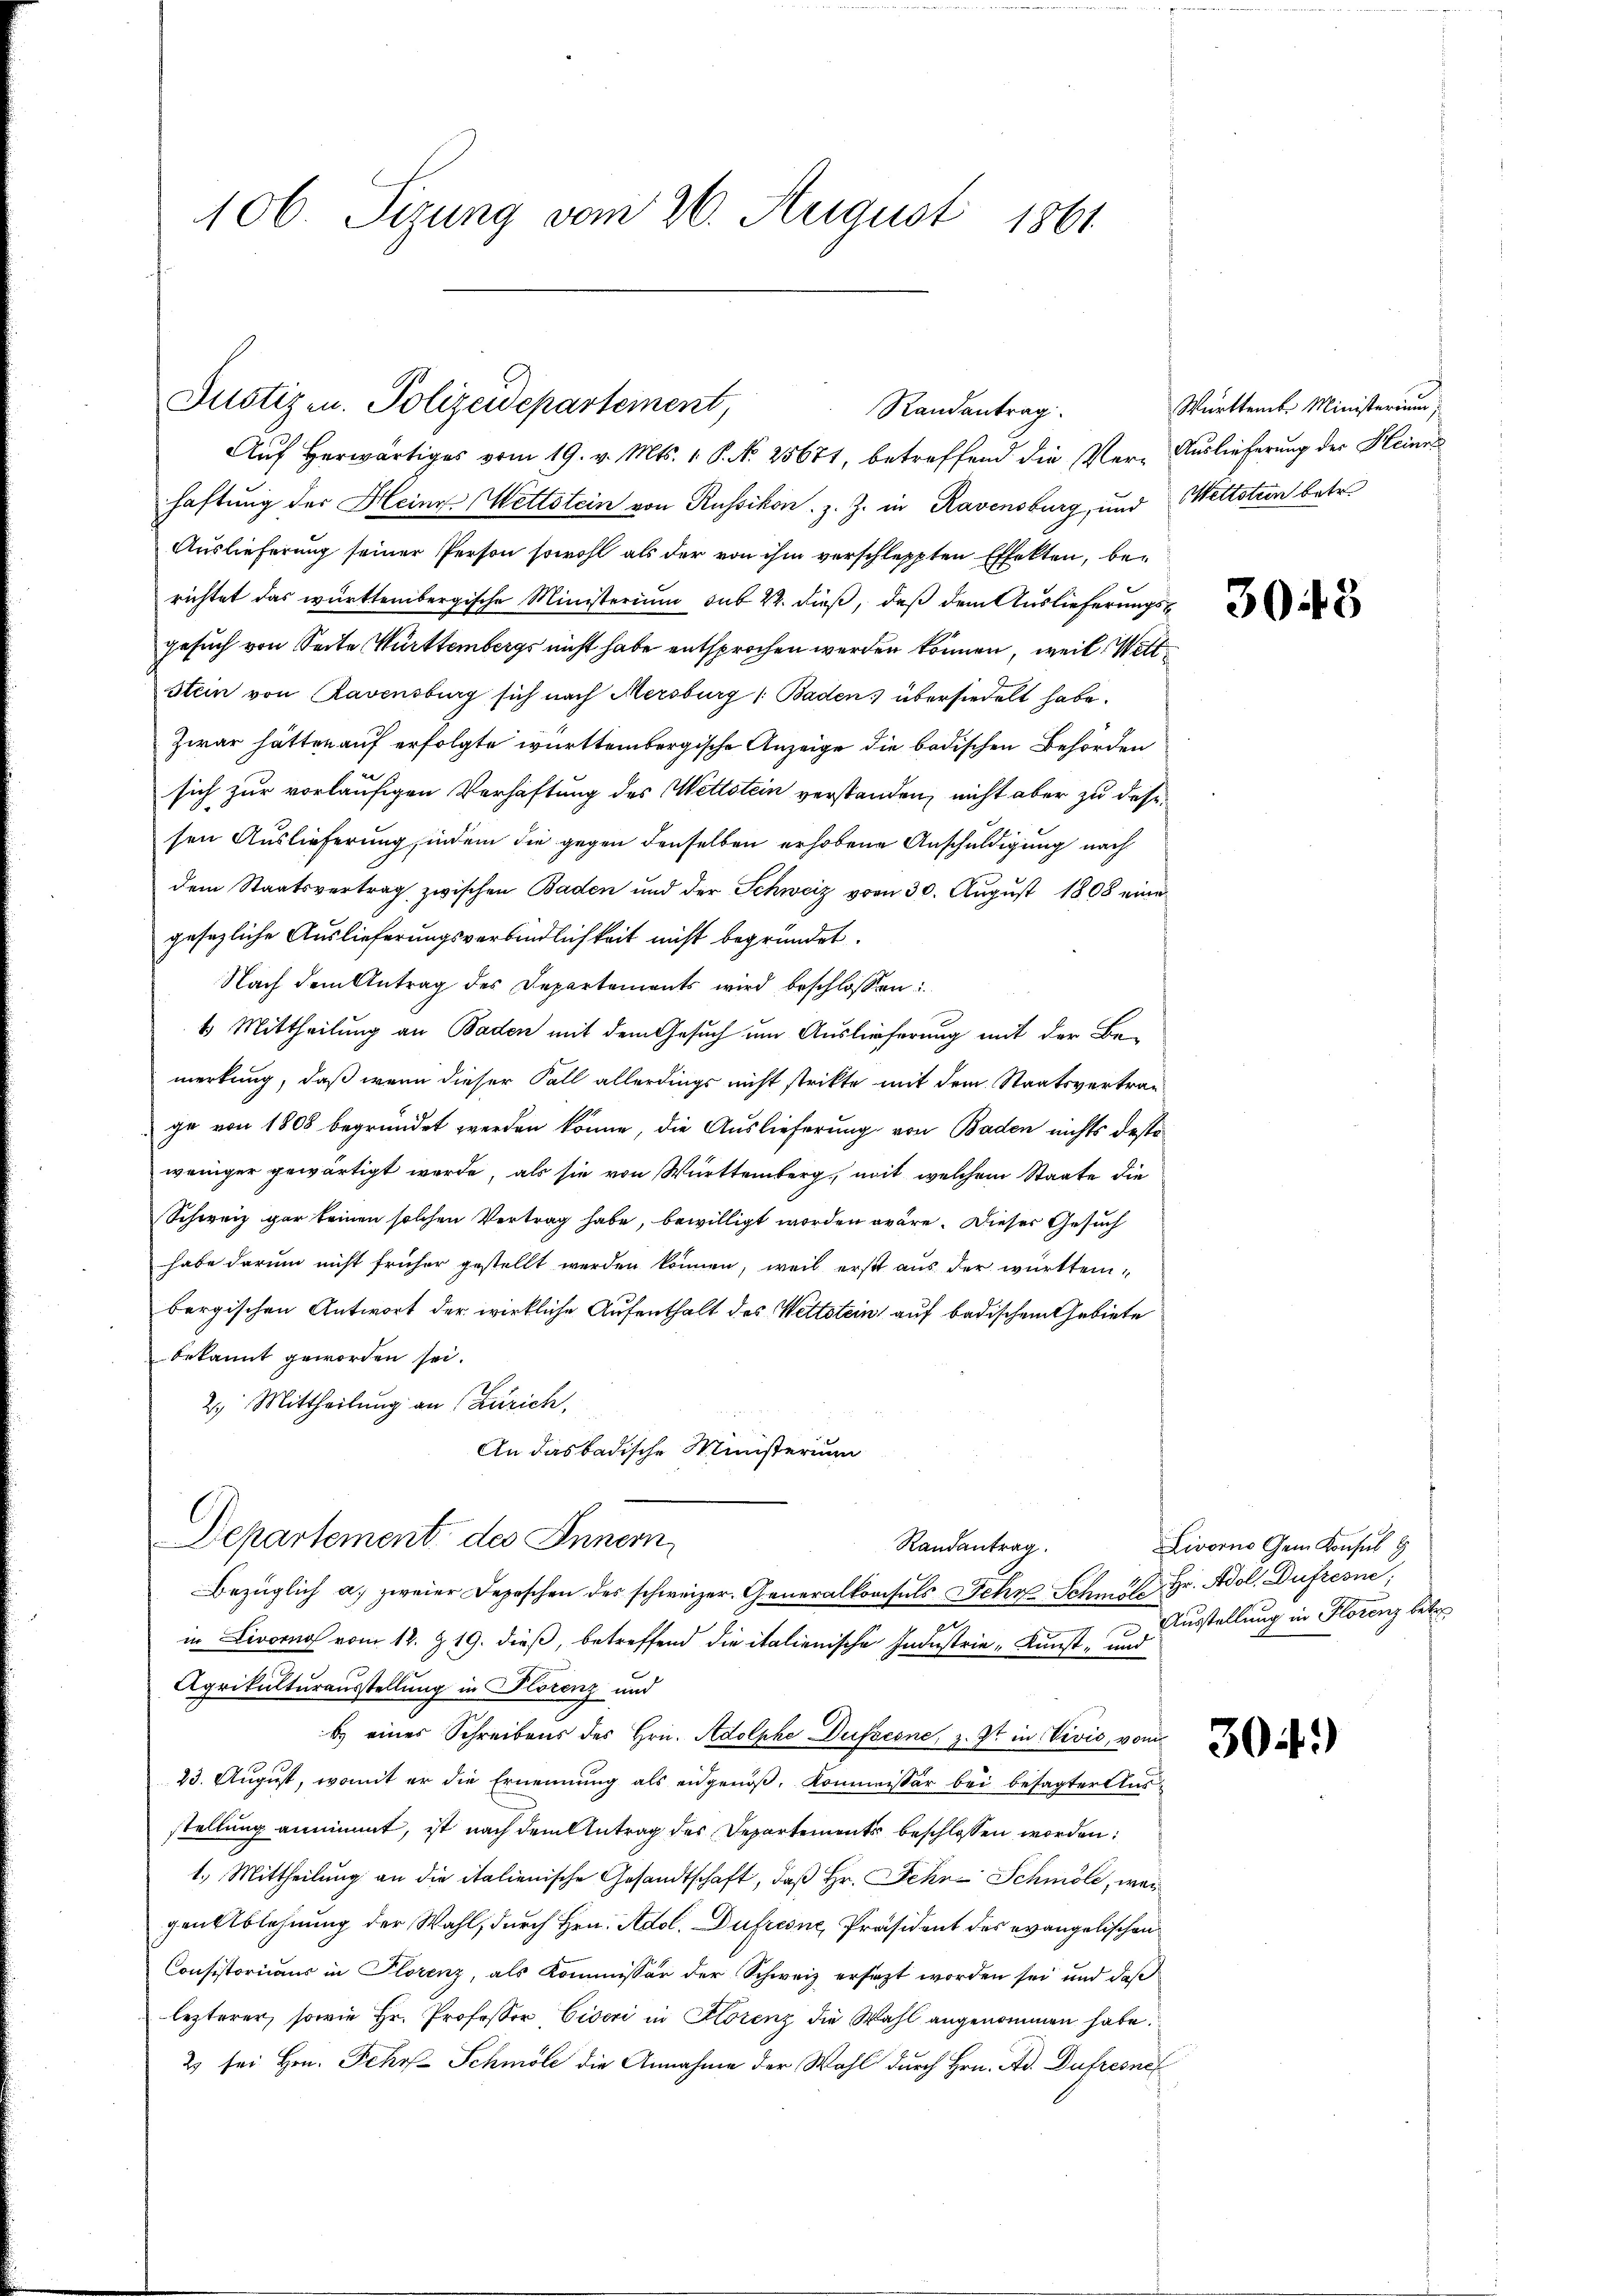
106. Sizung vom 26. August 1861

Justizen. Polizeidepartement,
Randantrag
Auf Herwärtiges vom 19. v. Mts. 1. P. Nr. 25671, betreffend die Ver¬

haftung der Heine Wettstein von Russikon, z. Z. in Ravensburg, und Wettstein betr.
Auslieferung seiner Person sowohl als der von ihm vorschleppten Effekten, berichtet das württembergische Ministerium sub 22. dieß, daß dem Auslieferungsgesuch von Seite Württembergs nicht habe entsprochen werden können, weil Witt¬
Stein von Ravensburg sich nach Mersburg ( Baden) übersiedelt habe.
Zwar hätten auf erfolgte württembergische Anzeige die badischen Behörden
sich zur vorläufigen Verhaftung des Wettstein verstanden, nicht aber zu dese
sen Auslieferung, indem die gegen denselben erhobene Anschuldigung nach
dem Staatsvertrag zwischen Baden und der Schweiz vom 30. August 1808 eine
gesezliche Auslieferungsverbindlichkeit nicht begründet.
Nach dem Antrag des Departements wird beschlossen:
4 Mittheilung an Baden mit dem Gesuch um Auslieferung mit der Be-
merkung, daß wenn dieser Fall allerdings nicht strikte mit dem Staatsvertragge von 1808 begründet werden könne, die Auslieferung von Baden nichts desse
weniger gewärtigt werde, als sie von Württemberg mit welchem Staate die
Schweiz gar keinen solchen Vertrag habe, bewilligt worden wäre. Dieser Gesuch
habe darum nicht früher gestellt werden können, weil erst aus der württembergischen Antwort der wirkliche Aufenthalt des Wettstein auf badischem Gebiete
bekannt geworden sei.
2) Mittheilung an (Zürich,
An das badische Ministerium
Departement des Innern,
Randantrag.
Bezüglich a. zweier Depeschen des schweizer. Generalkonsuls Sehr Schmut Hr. Adol. Dufresne
in Livorno vom 12. Z. 19. dieß, betreffend die italienische Industrie-Kunst- und
Agrikulturausstellung in Plorenz und
b. eines Schreibens des Hrn. Adolphe Dufocone, z. Zt. in Vević, vom
23. August, womit er die Ernennung als eidgenöß, Kommissär bei besagter Ausstellung annimmt, ist nach dem Antrag des Departements beschlossen worden:
1.) Mittheilung an die italienische Gesandtschaft, daß Hr. Fehr Schmöle, wen
genablehnung der Wahl, durch Hrn. Adol. Dufresne, Präsident des evangelischen
Consistoriums in Plorenz, als Kommissär der Schweiz ersezt worden sei und daß
lezterer, sowie Hr. Professor Eiseri in Florenz die Wahl angenommen habe.
2 sei Hrn. Fehr Schmöle die Annahme der Wahl durch Hrn. Ad. Dufresne

Württember Ministerium,
Auslieferung der Heiner

3048

Livorne Gem. Konsul 9
Ausstellung in Florenz betr.

304)